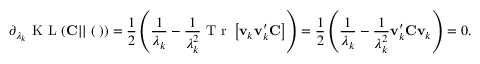
\partial _ { \lambda _ { k } } \mathrm { ~ K ~ L ~ } ( { \bf C } | | { \bf \Xi } ( { \bf \Lambda } ) ) = \frac { 1 } { 2 } \left( \frac { 1 } { \lambda _ { k } } - \frac { 1 } { \lambda _ { k } ^ { 2 } } \mathrm { ~ T ~ r ~ } \left[ { \bf v } _ { k } { \bf v } _ { k } ^ { \prime } { \bf C } \right] \right) = \frac { 1 } { 2 } \left( \frac { 1 } { \lambda _ { k } } - \frac { 1 } { \lambda _ { k } ^ { 2 } } { \bf v } _ { k } ^ { \prime } { \bf C } { \bf v } _ { k } \right) = 0 .